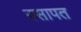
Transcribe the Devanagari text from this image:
बसापत